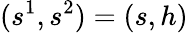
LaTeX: (s^{1},s^{2})=(s,h)